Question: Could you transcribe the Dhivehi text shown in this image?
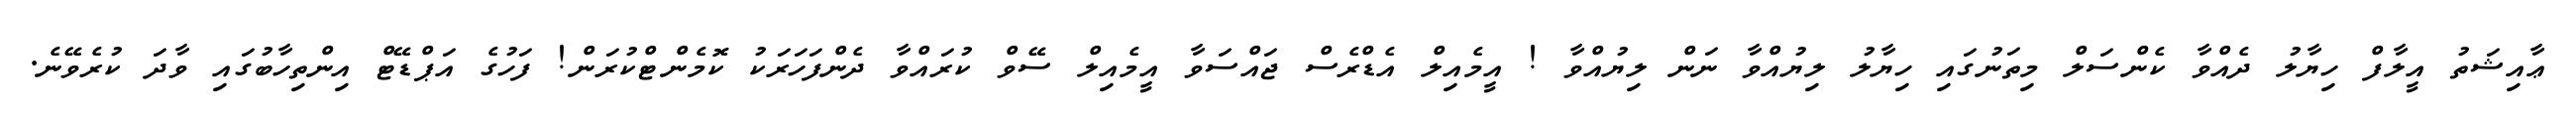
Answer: ޢާއިޝަތު އީލާފް ހިޔާލު ދެއްވާ ކެންސަލް މިތަނުގައި ހިޔާލު ލިޔުއްވާ ނަން ލިޔުއްވާ ! އީމެއިލް އެޑްރެސް ޖައްސަވާ އީމެއިލް ސޭވް ކުރައްވާ ދެންފަހަރަކު ކޮމެންޓްކުރަން! ފަހުގެ އަޕްޑޭޓް އިންތިހާބުގައި ވާދަ ކުރެވޭނެ.